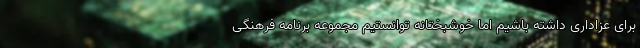
برای عزاداری داشته باشیم اما خوشبختانه توانستیم مجموعه برنامه‌ فرهنگی